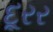
દૂરર